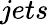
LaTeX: jets